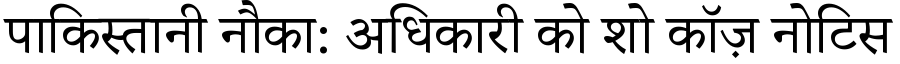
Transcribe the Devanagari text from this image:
पाकिस्तानी नौका: अधिकारी को शो कॉज़ नोटिस